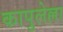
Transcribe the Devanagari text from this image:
कापुलेल्ला